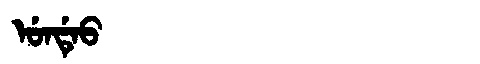
Manchu: ᡠᠨᡩᡝᠣ
Romanization: UNDEO